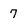
Character: 7